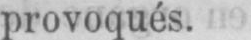
provoqués.